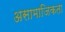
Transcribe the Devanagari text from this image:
असामाजिकता